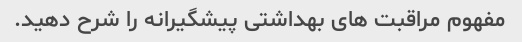
مفهوم مراقبت های بهداشتی پیشگیرانه را شرح دهید.